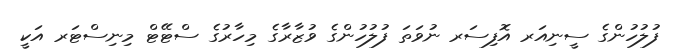
ފުލުހުންގެ ސީނިއަރ އޮފިސަރ ނުވަތަ ފުލުހުންގެ ވުޒާރާގެ މިހާރުގެ ސްޓޭޓް މިނިސްޓަރ އަކީ